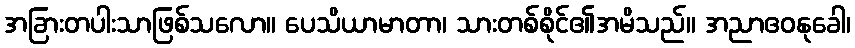
အခြားတပါးသာဖြစ်သလော။ ပေသိယာမာတာ၊ သားတစ်စိုင်၏အမိသည်။ အညာဧဝနုခေါ၊